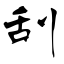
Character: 刮